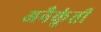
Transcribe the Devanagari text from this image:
अनैकुंती